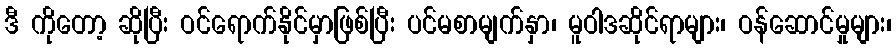
ဒီ ကိုတော့ ဆိုပြီး ဝင်ရောက်နိုင်မှာဖြစ်ပြီး ပင်မစာမျက်နှာ၊ မူဝါဒဆိုင်ရာများ၊ ဝန်ဆောင်မှုများ၊